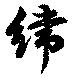
緯